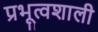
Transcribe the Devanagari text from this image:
प्रभूत्वशाली